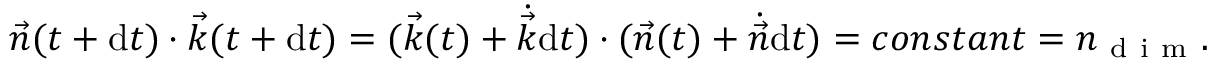
\vec { n } ( t + \mathrm { d } t ) \cdot \vec { k } ( t + \mathrm { d } t ) = ( \vec { k } ( t ) + \dot { \vec { k } } \mathrm { d } t ) \cdot ( \vec { n } ( t ) + \dot { \vec { n } } \mathrm { d } t ) = c o n s t a n t = n _ { \mathrm { ~ d ~ i ~ m ~ } } .